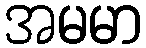
အမမာ